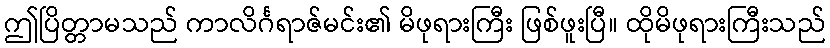
ဤပြိတ္တာမသည် ကာလိင်္ဂရာဇ်မင်း၏ မိဖုရားကြီး ဖြစ်ဖူးပြီ။ ထိုမိဖုရားကြီးသည်